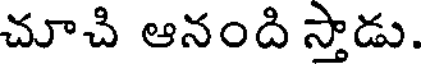
చూచి ఆనంది స్తాడు.